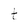
Character: t